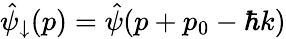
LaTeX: \hat{\psi}_{\downarrow}(p)=\hat{\psi}(p+p_{0}-\hbar k)